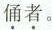
\underset{·}{俑}\underset{·}{者}。